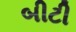
બીટી